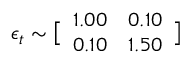
\boldsymbol { \epsilon } _ { t } \sim \bigl [ \begin{array} { l l } { 1 . 0 0 } & { 0 . 1 0 } \\ { 0 . 1 0 } & { 1 . 5 0 } \end{array} \bigr ]